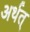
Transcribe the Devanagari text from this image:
अर्थत्